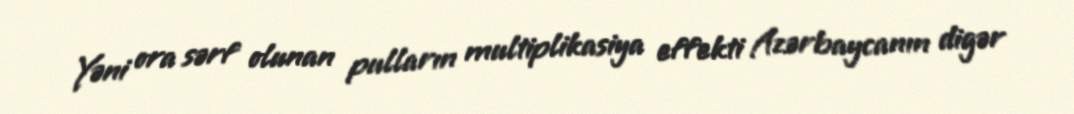
Yəni ora sərf olunan pulların multiplikasiya effekti Azərbaycanın digər